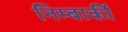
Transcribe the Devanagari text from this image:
निम्बार्की